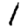
Digit: 1